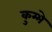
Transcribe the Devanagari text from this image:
कुम्भे